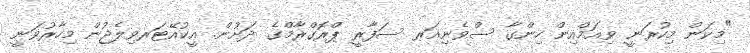
"މިކަން މިކުރަނީ ވިއަމްއިން ހިންގާ ސްވެނިއަރ ސަފާރީ ޕްރޮގްރާމްގެ ދަށުން. އީކުއޭޓަރވިލެޖުން މިހާރުވަނީ